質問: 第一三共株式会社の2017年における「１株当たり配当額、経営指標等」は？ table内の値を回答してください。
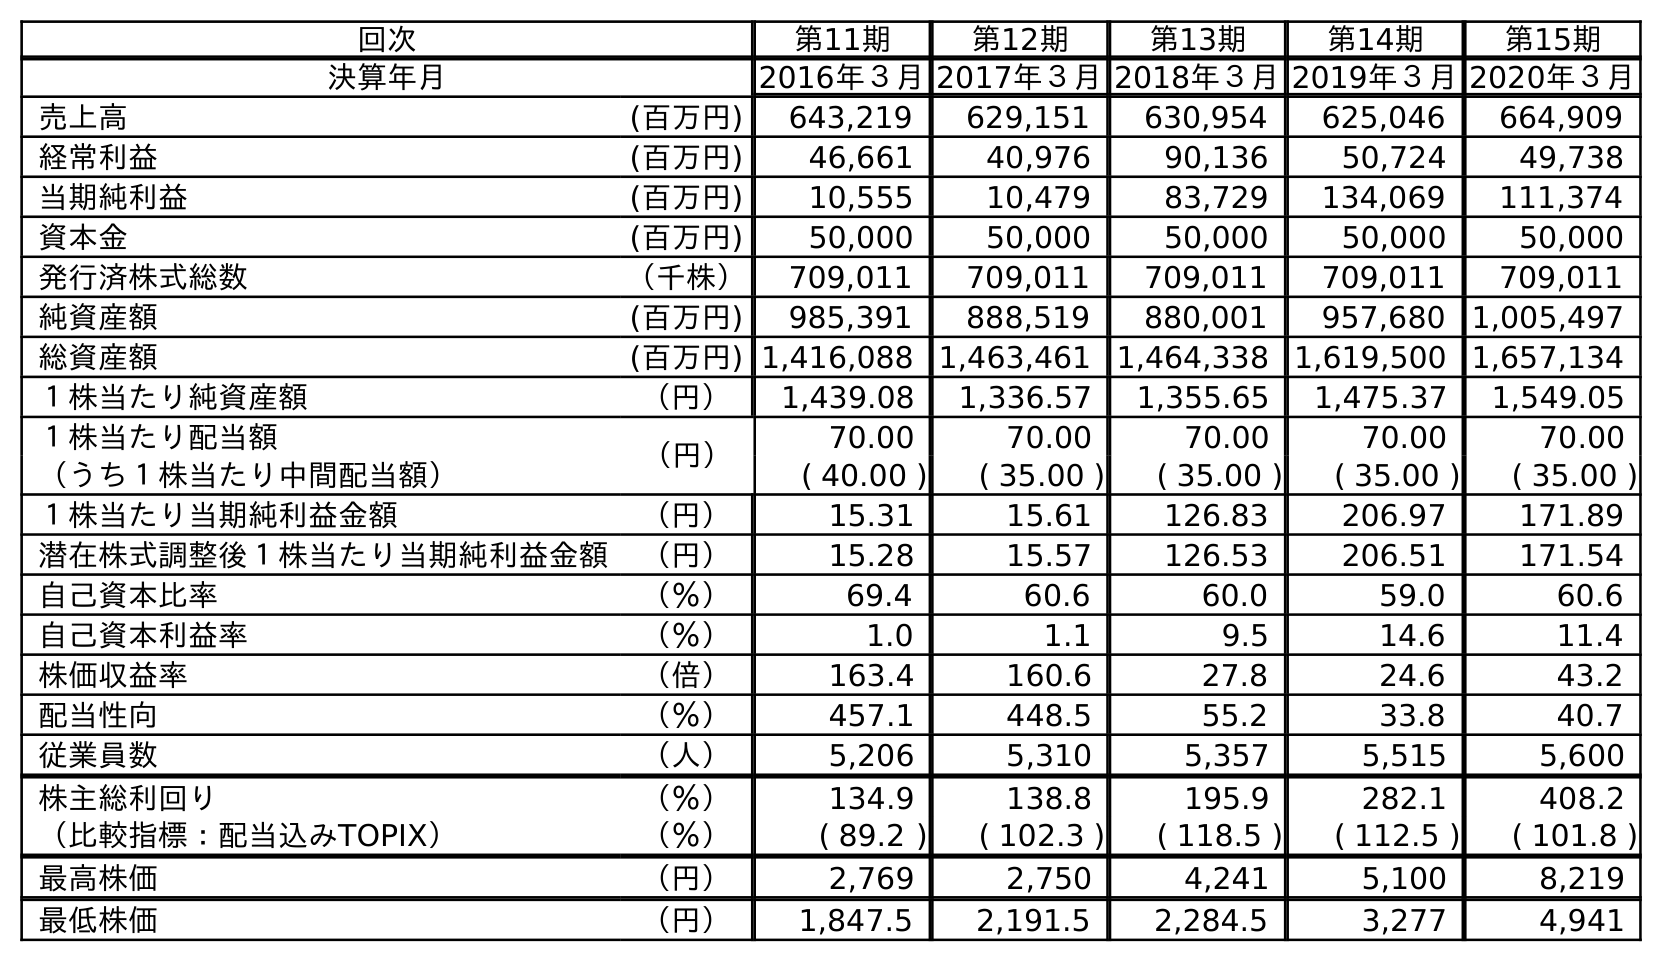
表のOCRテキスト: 回次 第11期 第12期 第13期 第14期 第15期 決算年月 2016年３月2017年３月2018年３月2019年３月2020年３月 売上高 (百万円) 643,219 629,151 630,954 625,046 664,909 経常利益 (百万円) 46,661 40,976 90,136 50,724 49,738 当期純利益 (百万円) 10,555 10,479 83,729 134,069 111,374 資本金 (百万円) 50,000 50,000 50,000 50,000 50,000 発行済株式総数 （千株） 709,011 709,011 709,011 709,011 709,011 純資産額 (百万円) 985,391 888,519 880,001 957,680 1,005,497 総資産額 (百万円) 1,416,088 1,463,461 1,464,338 1,619,500 1,657,134 １株当たり純資産額 （円） 1,439.08 1,336.57 1,355.65 1,475.37 1,549.05 １株当たり配当額 （円） 70.00 70.00 70.00 70.00 70.00 （うち１株当たり中間配当額） ( 40.00 ) ( 35.00 ) ( 35.00 ) ( 35.00 ) ( 35.00 ) １株当たり当期純利益金額 （円） 15.31 15.61 126.83 206.97 171.89 潜在株式調整後１株当たり当期純利益金額 （円） 15.28 15.57 126.53 206.51 171.54 自己資本比率 （％） 69.4 60.6 60.0 59.0 60.6 自己資本利益率 （％） 1.0 1.1 9.5 14.6 11.4 株価収益率 （倍） 163.4 160.6 27.8 24.6 43.2 配当性向 （％） 457.1 448.5 55.2 33.8 40.7 従業員数 （人） 5,206 5,310 5,357 5,515 5,600 株主総利回り （％） 134.9 138.8 195.9 282.1 408.2 （比較指標：配当込みTOPIX） （％） ( 89.2 ) ( 102.3 ) ( 118.5 ) ( 112.5 ) ( 101.8 ) 最高株価 （円） 2,769 2,750 4,241 5,100 8,219 最低株価 （円） 1,847.5 2,191.5 2,284.5 3,277 4,941
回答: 70.00